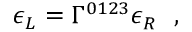
\epsilon _ { L } = \Gamma ^ { 0 1 2 3 } \epsilon _ { R } ~ ~ ,